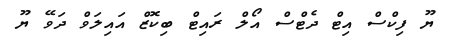
ޔޫ ފިކްސް އިޓް ދެޓްސް އޯލް ރައިޓް ބިކޮޒް އައިލަވް ދަވޭ ޔޫ